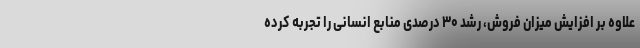
علاوه بر افزایش میزان فروش، رشد ۳۰ درصدی منابع انسانی را تجربه کرده